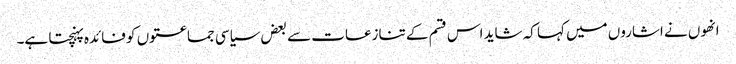
انھوں نے اشاروں میں کہا کہ شاید اس قسم کے تنازعات سے بعض سیاسی جماعتوں کو فائدہ پہنچتا ہے۔